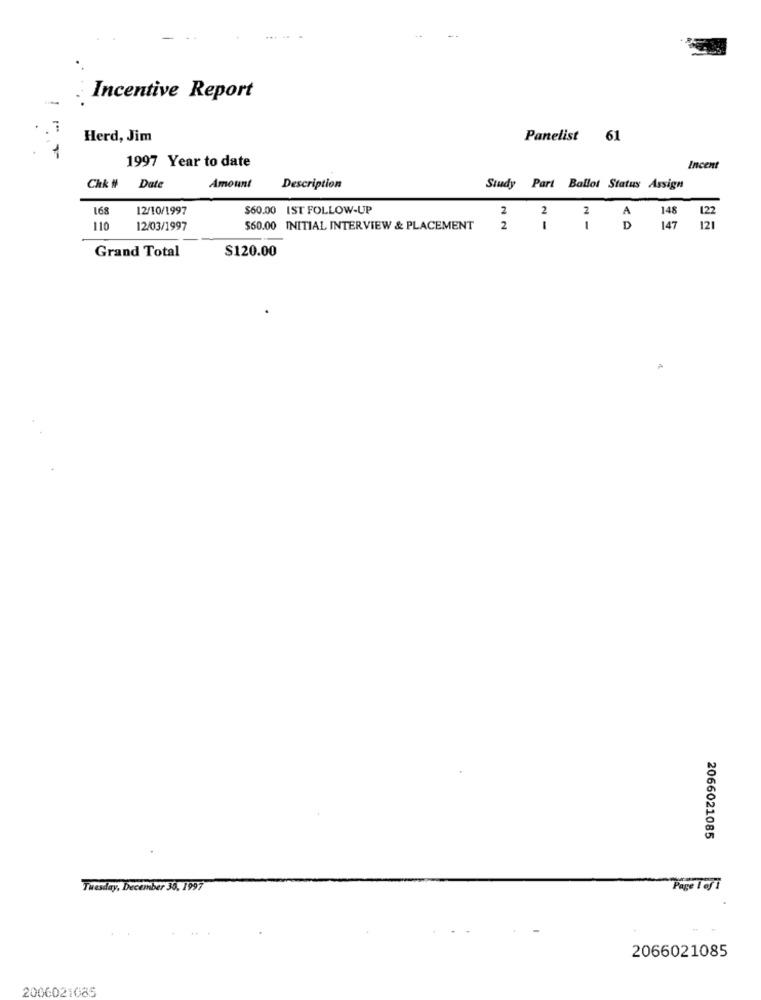
Incentive Report
Herd, Jim
Panelist 61
1997 Year to date
Incent
Chk # Date
Amount
Description
Study Part Ballot Status Assign
168
12/10/1997
$60.00 IST FOLLOW-UP
2
2
122
2
A
148
110
12/03/1997
$60.00 INITIAL INTERVIEW & PLACEMENT
2
IID
147 121
Grand Total
$120.00
2066021085
Tuesday, December 30, 1997
Page Tofi
2066021085
2006021085